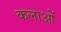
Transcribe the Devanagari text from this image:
कलाओें